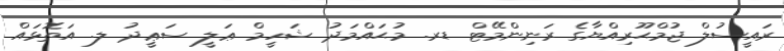
ރަަައީސުލް ޖުމްޙޫރިއްޔާގެ ރަނިންމޭޓް ޑރ. މުޙައްމަދު ޝަހީމް ޢަލީ ސަޢީދު ލ. އަތޮޅައް